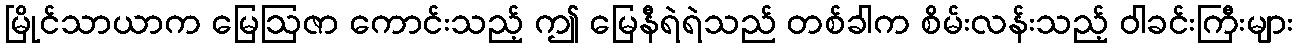
မြိုင်သာယာက မြေဩဇာ ကောင်းသည့် ဤ မြေနီရဲရဲသည် တစ်ခါက စိမ်းလန်းသည့် ဝါခင်းကြီးများ